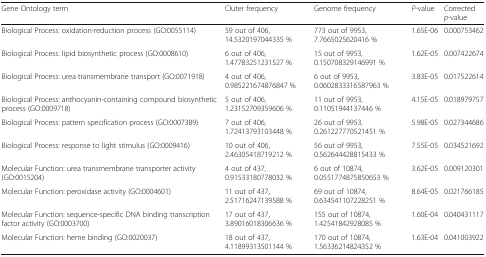
<table><thead><tr><td><b>Gene Ontology term</b></td><td><b>Cluter frequency</b></td><td><b>Genome frequency</b></td><td><b><i>P</i>-value</b></td><td><b>Corrected <i>p</i>-value</b></td></tr></thead><tbody><tr><td>Biological Process: oxidation-reduction process (GO:0055114)</td><td>59 out of 406, 14.5320197044335 %</td><td>773 out of 9953, 7.7665025620416 %</td><td>1.65E-06</td><td>0.000753462</td></tr><tr><td>Biological Process: lipid biosynthetic process (GO:0008610)</td><td>6 out of 406, 1.47783251231527 %</td><td>15 out of 9953, 0.150708329146991 %</td><td>1.62E-05</td><td>0.007422674</td></tr><tr><td>Biological Process: urea transmembrane transport (GO:0071918)</td><td>4 out of 406, 0.985221674876847 %</td><td>6 out of 9953, 0.0602833316587963 %</td><td>3.83E-05</td><td>0.017522614</td></tr><tr><td>Biological Process: anthocyanin-containing compound biosynthetic process (GO:0009718)</td><td>5 out of 406, 1.23152709359606 %</td><td>11 out of 9953, 0.11051944137446 %</td><td>4.15E-05</td><td>0.018979757</td></tr><tr><td>Biological Process: pattern specification process (GO:0007389)</td><td>7 out of 406, 1.72413793103448 %</td><td>26 out of 9953, 0.261227770521451 %</td><td>5.98E-05</td><td>0.027344686</td></tr><tr><td>Biological Process: response to light stimulus (GO:0009416)</td><td>10 out of 406, 2.46305418719212 %</td><td>56 out of 9953, 0.562644428815433 %</td><td>7.55E-05</td><td>0.034521692</td></tr><tr><td>Molecular Function: urea transmembrane transporter activity (GO:0015204)</td><td>4 out of 437, 0.91533180778032 %</td><td>6 out of 10874, 0.0551774875850653 %</td><td>3.62E-05</td><td>0.009120301</td></tr><tr><td>Molecular Function: peroxidase activity (GO:0004601)</td><td>11 out of 437, 2.51716247139588 %</td><td>69 out of 10874, 0.634541107228251 %</td><td>8.64E-05</td><td>0.021766185</td></tr><tr><td>Molecular Function: sequence-specific DNA binding transcription factor activity (GO:0003700)</td><td>17 out of 437, 3.89016018306636 %</td><td>155 out of 10874, 1.42541842928085 %</td><td>1.60E-04</td><td>0.040431117</td></tr><tr><td>Molecular Function: heme binding (GO:0020037)</td><td>18 out of 437, 4.11899313501144 %</td><td>170 out of 10874, 1.56336214824352 %</td><td>1.63E-04</td><td>0.041003922</td></tr></tbody></table>